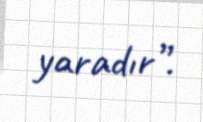
yaradır”.